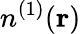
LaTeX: n^{(1)}({\mathbf r})